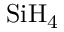
\mathrm { S i H _ { 4 } }